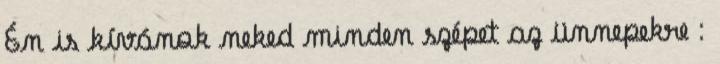
Én is kívánok neked minden szépet az ünnepekre :